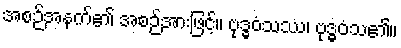
အစဉ်အနက်၏ အစဉ်အားဖြင့်။ ဗုဒ္ဓဝံသဿ၊ ဗုဒ္ဓဝံသ၏။